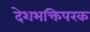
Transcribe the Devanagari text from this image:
देशभक्तिपरक